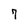
Character: 7